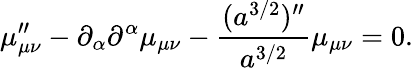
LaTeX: \mu_{\mu\nu}^{\prime\prime}-\partial_{\alpha}\partial^{\alpha}\mu_{\mu\nu}-\frac{(a^{3/2})^{\prime\prime}}{a^{3/2}}\mu_{\mu\nu}=0.